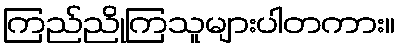
ကြည်ညိုကြသူများပါတကား။